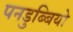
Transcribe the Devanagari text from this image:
पनडुब्बियो